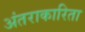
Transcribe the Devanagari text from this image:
अंतराकारिता